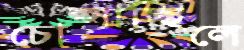
চোপ্‌সাচ্ছিলে